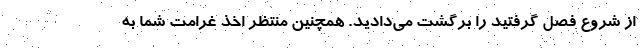
از شروع فصل گرفتید را برگشت می‌دادید. همچنین منتظر اخذ غرامت شما به